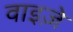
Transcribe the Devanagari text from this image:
वाइज़े